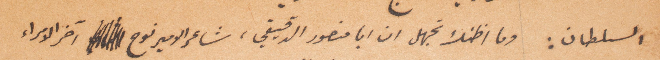
السلطان: وما اظنك تجهل ان أبا منصور الدقيقي، شاعر الأمير نوح آخر الامراء